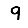
Digit: 9